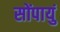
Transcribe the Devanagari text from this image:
सोंपायुं